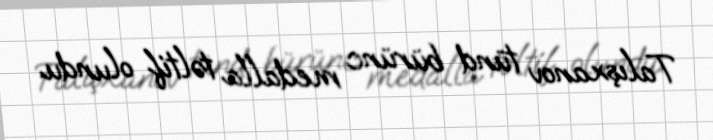
Talışxanov tünd bürünc medalla təltif olundu.